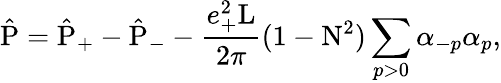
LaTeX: \hat{\mathrm{P}}=\hat{\mathrm{P}}_{+}-\hat{\mathrm{P}}_{-}-\frac{e_{+}^{2}\mathrm{L}}{2\pi}(1-\mathrm{N}^{2})\sum_{p>0}{\alpha}_{-p}{\alpha}_{p},